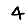
Digit: 4